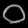
Digit: ၀